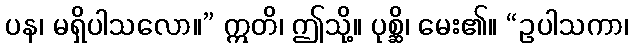
ပန၊ မရှိပါသလော။” ဣတိ၊ ဤသို့။ ပုစ္ဆိ၊ မေး၏။ “ဥပါသကာ၊